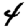
Digit: 4